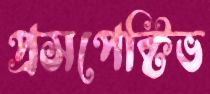
প্রসপেক্টিভ